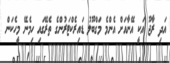
އަދި ރާޖޫ އަކީ އޭނާއަށް އެންމެ މަގްބޫލު ޑައިރެކްޓަރުންގެ ތެރޭގައި ހިމެނޭ މީހެކަން